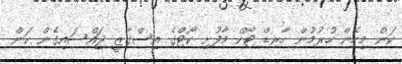
ކަން މިހެން ހުރުމުން ހާރޑް ޓޯކް މާފުށި ކޯޓްގެ އިސްގާޒީ ޖައްސައިގެން ކަން